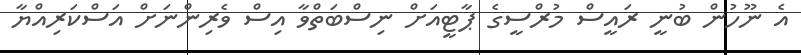
އެ ނޫހުން ބުނީ ރައީސް މުރްސީގެ ޕާޓީއަށް ނިސްބަތްވާ އިސް ވެރިންނަށް އަސްކަރިއްޔާ